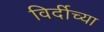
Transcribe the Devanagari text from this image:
विर्दीच्या